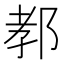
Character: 𨛨